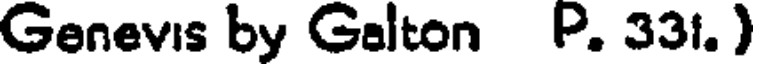
Genevis by Galton P. 331. )